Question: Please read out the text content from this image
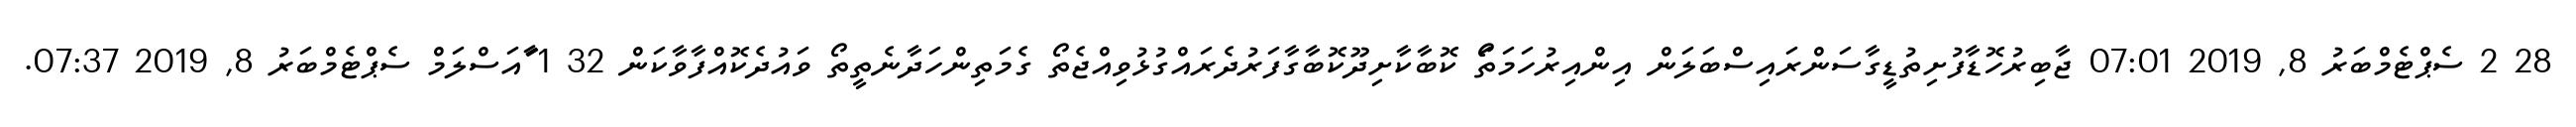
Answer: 28 2 ސެޕްޓެމްބަރު 8, 2019 07:01 ޖާބިރުހޮޑާފުށިތުޑީގާސަންރައިސްބަލަން އިންއިރުހަމަތަޯ ކޮބާކާށިދޫކޮބާގާފަރުދެރައްގުޅުވިއްޖެތޯ ގެމަތިންހަދާނެތީތޯ ވައުދެކޮއްފާވާކަން 32 1 ާައަސްލަމް ސެޕްޓެމްބަރު 8, 2019 07:37.